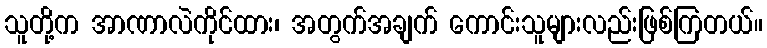
သူတို့က အာဏာလဲကိုင်ထား၊ အတွက်အချက် ကောင်းသူများလည်းဖြစ်ကြတယ်။